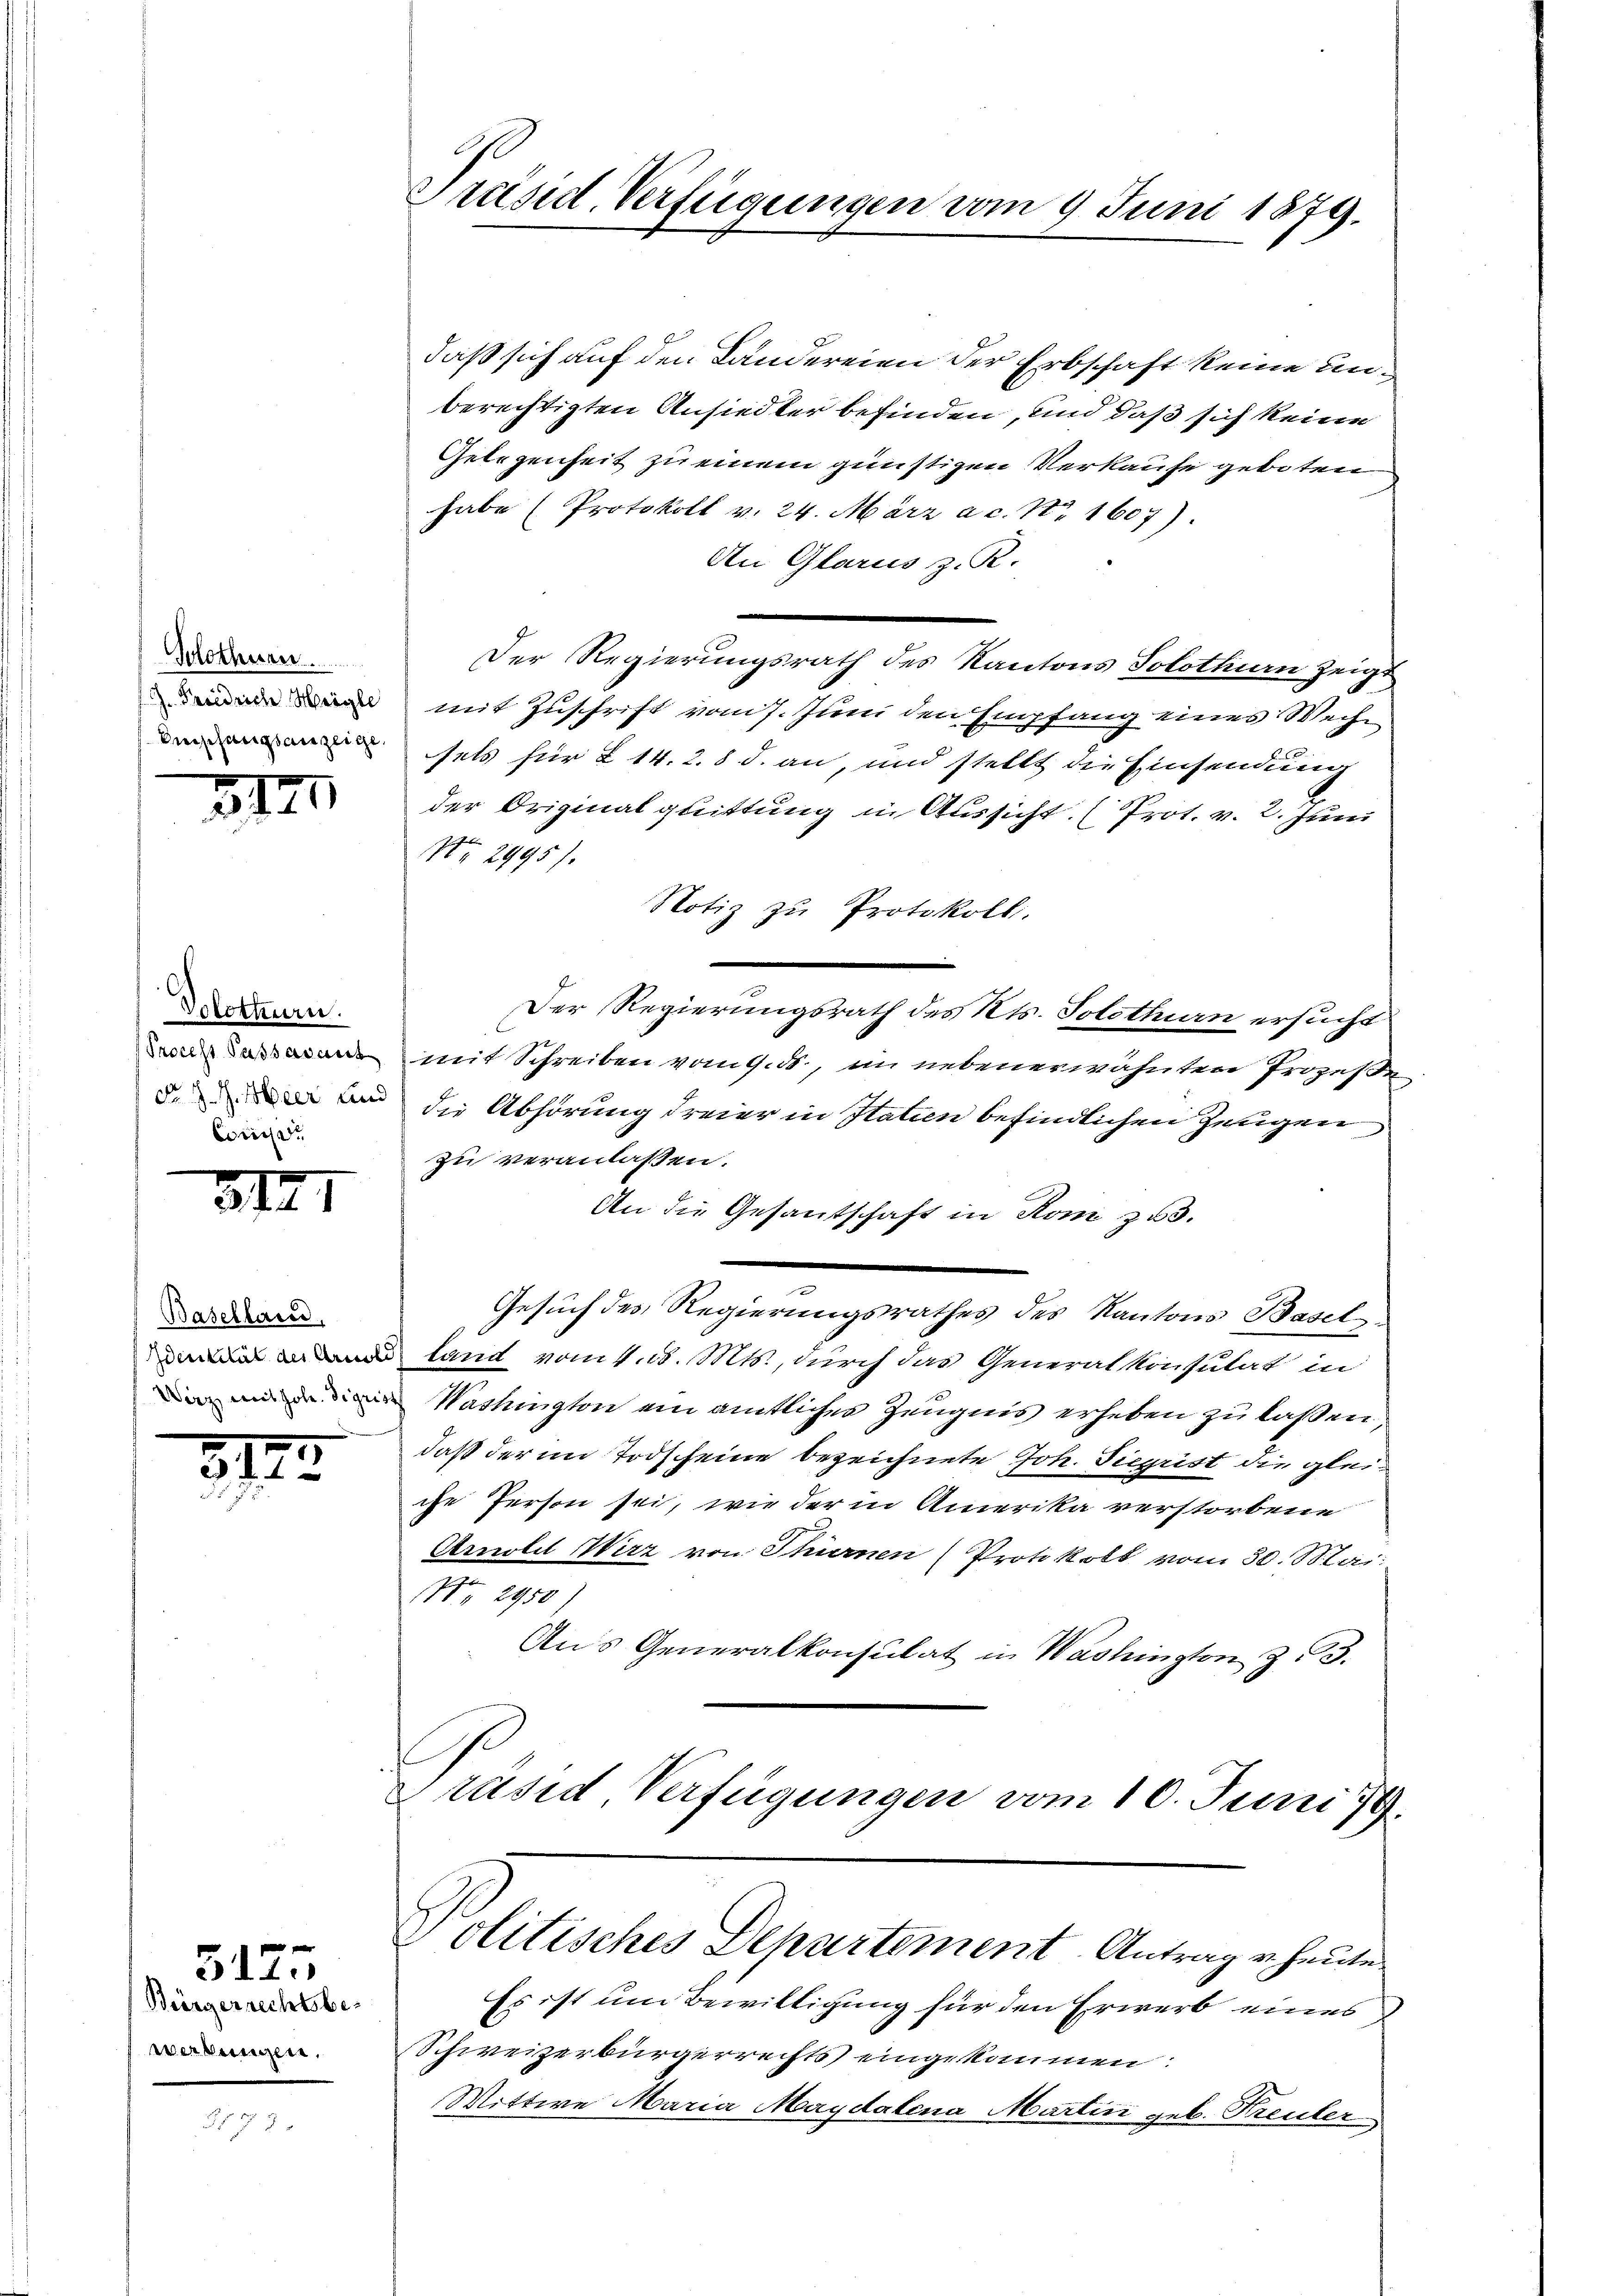
Solothnen.

312

Volothurn.
Conne

341

Baselland,

312.

Bürgerrechtsbewerbungen.

5175

3

Präsid. Verfügungen vom 9. Juni 1879.

daß sich auf den Ländereien der Erbschaft keine unberechtigten Ansiedler befinden, und daß sich keine
Gelegenheit zu einem günstigen Verkaufe geboten
habe (Protokoll v. 24. März a.c. No. 1607).
An Glarus z. R.
Der Regierungsrath des Kantons Solothin zeigt
 mit Zuschrift vom 7. Juni den Empfang eines Weche
sels für L 14. 28 d. an, und stellt die Einsendung
der Originalguittung in Aussicht (Prot. v. 2. Juni
Nr. 2995).
Notiz zu Protokoll.
Der Regierungsrath des Kts. Solothurn ersucht
ne mit Schreiben vom 9. ds., in nebenerwähnten Prozeße
d. die Abhörung dreier in Statien befindlichen Zeugen
zu veranlassen.
An die Gesantschaft in Rom zu 3.
Gesuch des Regierungsrathes des Kantons Basel
 land vom 4. d. Mts., durch das Generalkonsulat in
 Washington ein amtlicher Zeugnis erheben zu laßen,
daß der im Todscheine bezeichnete Joh. Siegrist die gleiche Person sei, wie der in Amerika verstorbene
Amolil Wirz von Thurnen (Protokoll vom 30. Mai.
Nr. 2950/
Aus Generalkonsulat in Washington Z. 93.
Präsid, Verfügungen vom 10. Juni 19

Es ist um Bewilligung für den Erwerb eines
Schweizerbürgerrechts eingekommen:
Wittwe Maria Magdalena Martin geb. Freuter

Politisches Departement Antrag u. heute